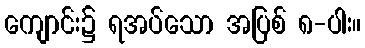
ကျောင်း၌ ရအပ်သော အပြစ် ၈-ပါး။